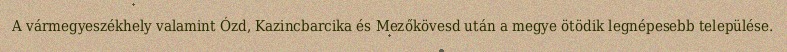
A vármegyeszékhely valamint Ózd, Kazincbarcika és Mezőkövesd után a megye ötödik legnépesebb települése.